Physiological action of certain drugs in tablet form - Number 52A
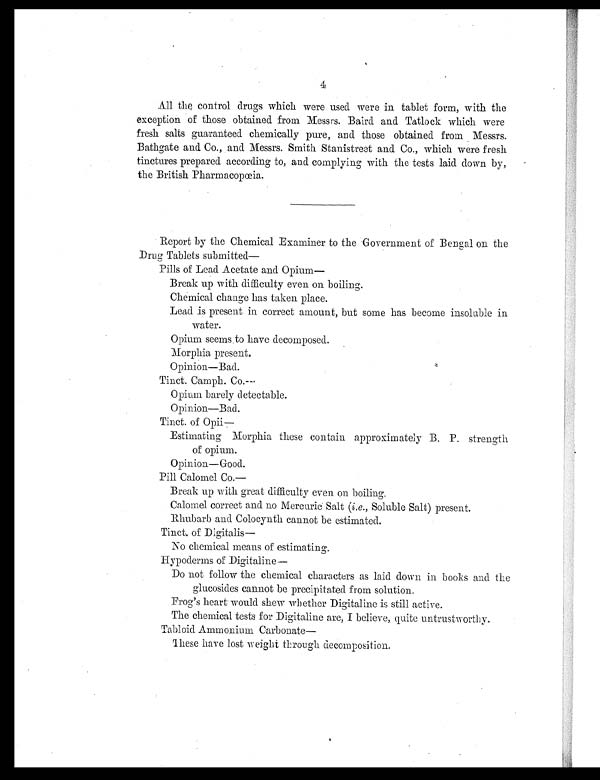
4
All the control drugs which were used were in tablet form, with the
exception of those obtained from Messrs. Baird and Tatlock which were
fresh salts guaranteed chemically pure, and those obtained from Messrs.
Bathgate and Co., and Messrs. Smith Stanistreet and Co., which were fresh
tinctures prepared according to, and complying with the tests laid down by,
the British Pharmacopœia.
Report by the Chemical Examiner to the Government of Bengal on the
Drug Tablets submitted—
Pills of Lead Acetate and Opium—
Break up with difficulty even on boiling.
Chemical change has taken place.
Lead is present in correct amount, but some has become insoluble in
water.
Opium seems, to have decomposed.
Morphia present.
Opinion—Bad.
Tinct. Camph. Co.—
Opium barely detectable.
Opinion—Bad.
Tinct. of
Opii—
Estimating Morphia these contain approximately B. P. strength
of opium.
Opinion—Good.
Pill Calomel Co.—
Break up with great difficulty even on boiling.
Calomel correct and no Mercuric Salt ( i.e., Soluble Salt) present.
Rhubarb and Colocynth cannot be estimated.
Tinct. of Digitalis—
No chemical means of estimating.
Hypoderms of Digitaline
—
Do not follow the chemical characters as laid down in books and the
glucosides cannot be precipitated from solution.
Frog's heart would shew whether Digitaline is still active.
The chemical tests for Digitaline are, I believe, quite untrustworthy.
Tabloid Ammonium Carbonate—
These have lost weight through decomposition.